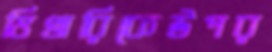
ভিখারিকেউপর